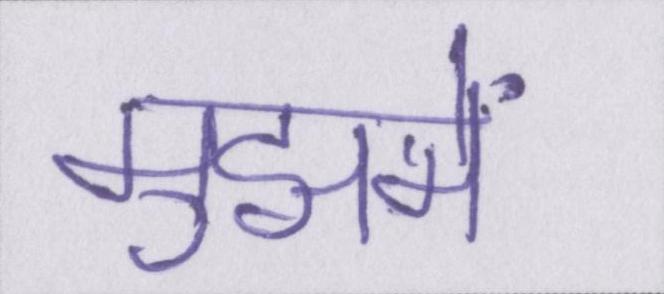
मुझमें